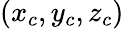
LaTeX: (x_{c},y_{c},z_{c})